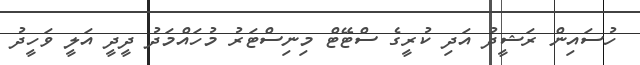
ހުސައިން ރަޝީދު އަދި ކުރީގެ ސްޓޭޓް މިނިސްޓަރު މުހައްމަދު ދީދީ އަލީ ވަހީދު